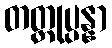
တတ္ထုပ္ပန္နာ